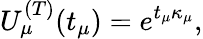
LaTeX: U_{\mu}^{(T)}(t_{\mu})=e^{t_{\mu}\kappa_{\mu}},